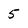
Character: 5